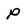
Character: p